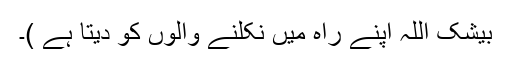
بیشک اللہ اپنے راہ میں نکلنے والوں کو دیتا ہے )۔